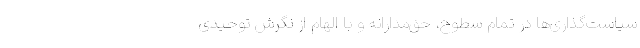
سیاست‌گذاری‌ها در تمام سطوح، حق‌مدارانه و با الهام از نگرش توحیدی